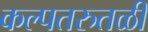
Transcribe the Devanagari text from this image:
कल्पतरुतळीं